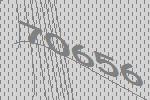
70656